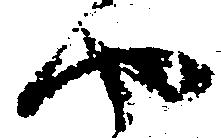
や